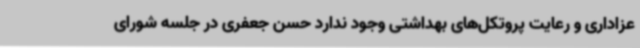
عزاداری و رعایت پروتکل‌های بهداشتی وجود ندارد حسن جعفری در جلسه شورای